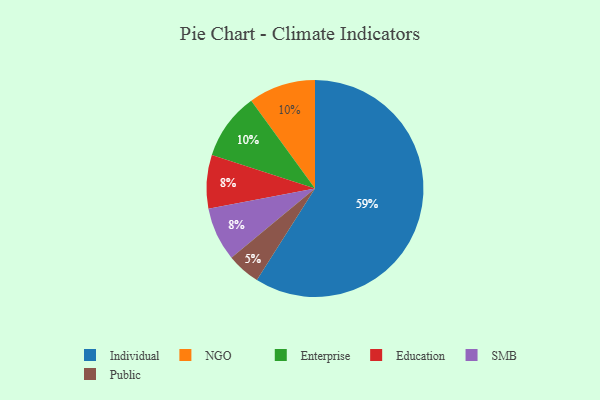
{"axis": {"x": "Category", "y": "Percentage"}, "legend": ["Education", "Enterprise", "Individual", "NGO", "Public", "SMB"], "data": [{"x": "Education", "y": 8, "type": "Education"}, {"x": "Public", "y": 5, "type": "Public"}, {"x": "NGO", "y": 10, "type": "NGO"}, {"x": "Individual", "y": 59, "type": "Individual"}, {"x": "SMB", "y": 8, "type": "SMB"}, {"x": "Enterprise", "y": 10, "type": "Enterprise"}]}